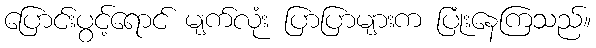
ပြောင်းပွင့်ရောင် မျက်လုံး ပြာပြာများက ပြုံးနေကြသည်။